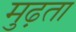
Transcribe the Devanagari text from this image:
मुढ़ता